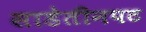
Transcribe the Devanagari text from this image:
साडेतीनपट